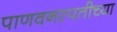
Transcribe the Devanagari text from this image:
पाणवनस्पतीच्या